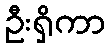
ဦးရှိကာ